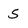
Character: 5